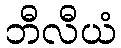
ဘီလီယံ